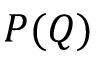
P ( Q )